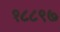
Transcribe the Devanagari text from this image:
१८८९७